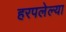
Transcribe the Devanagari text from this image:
हरपलेल्या